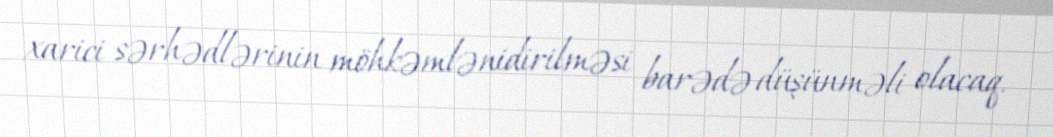
xarici sərhədlərinin möhkəmlənidirilməsi barədə düşünməli olacaq.